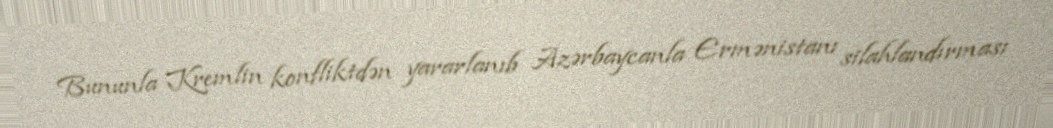
Bununla Kremlin konfliktdən yararlanıb Azərbaycanla Ermənistanı silahlandırması